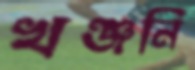
খঞ্জনি